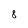
Character: 8